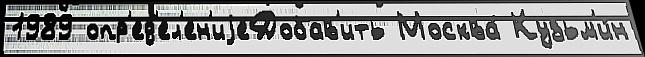
1989 опр'ед'ел'ен'иjеДобав'ить Москва́ Кузьм'и́н